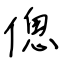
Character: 傯